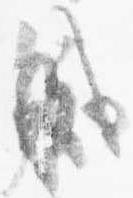
職